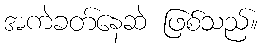
အကဲခတ်နေဆဲ ဖြစ်သည်။